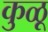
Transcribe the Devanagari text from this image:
कुळू